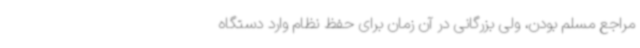
مراجع مسلم بودن، ولی بزرگانی در آن زمان برای حفظ نظام وارد دستگاه